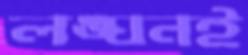
লঙ্ঘনই